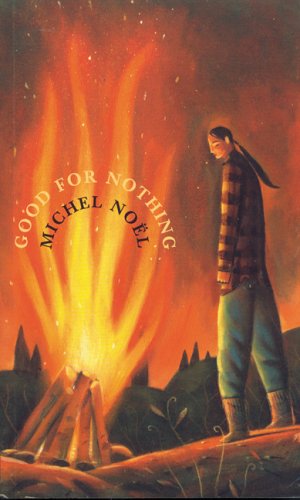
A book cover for Good for Nothing; Michel Noel; Teen & Young Adult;